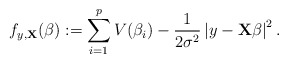
\begin{align*}f_{y,\mathbf{X}}(\beta) := \sum_{i=1}^pV(\beta_i) - \frac{1}{2\sigma^2}\left|y-\mathbf{X}\beta\right|^2 .\end{align*}